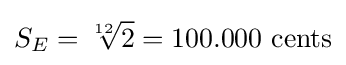
S_{E}={\sqrt[{12}]{2}}=100.000{\text{ cents}}